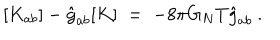
[ K _ { a b } ] - \hat { g } _ { a b } [ K ] \; = \; - 8 \pi G _ { N } T \hat { g } _ { a b } \ .